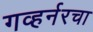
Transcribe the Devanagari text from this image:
गव्हर्नरचा